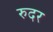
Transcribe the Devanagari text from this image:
रुदर